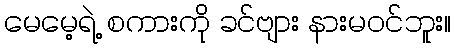
မေမေ့ရဲ့ စကားကို ခင်ဗျား နားမဝင်ဘူး။